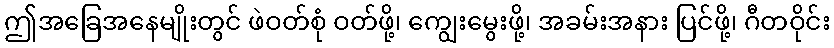
ဤအခြေအနေမျိုးတွင် ဖဲဝတ်စုံ ဝတ်ဖို့၊ ကျွေးမွေးဖို့၊ အခမ်းအနား ပြင်ဖို့၊ ဂီတဝိုင်း